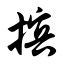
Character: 摈